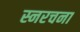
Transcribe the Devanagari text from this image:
स्नरचना